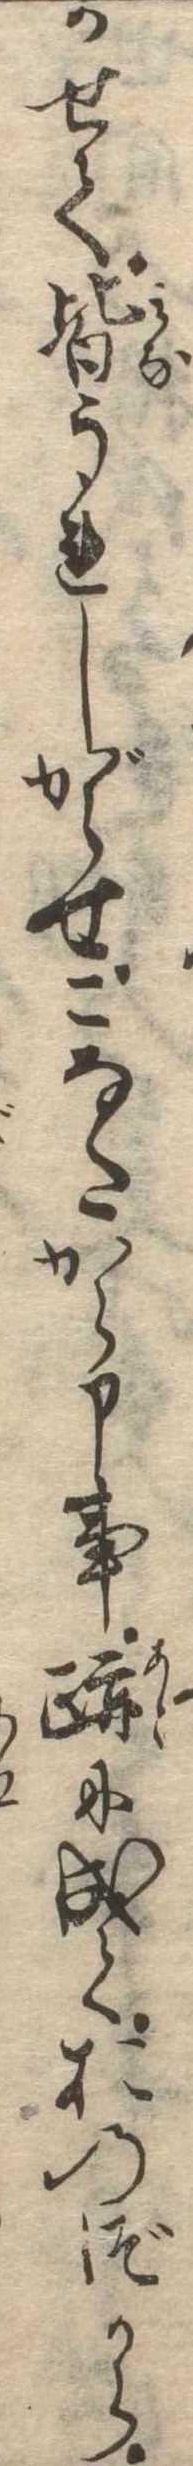
かせて皆うれしがらせこなたから申事跡に成ておのづから